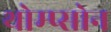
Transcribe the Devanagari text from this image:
थोम्प्सोन